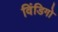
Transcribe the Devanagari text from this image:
विंडिगो